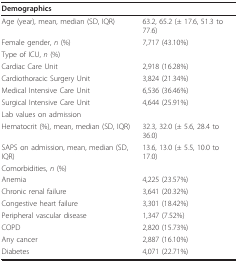
<table><thead><tr><td><b>Demographics</b></td><td>[EMPTY_CELL]</td></tr></thead><tbody><tr><td>Age (year), mean, median (SD, IQR)</td><td>63.2, 65.2 (± 17.6, 51.3 to 77.6)</td></tr><tr><td>Female gender, <i>n </i>(%)</td><td>7,717 (43.10%)</td></tr><tr><td>Type of ICU, <i>n </i>(%)</td><td>[EMPTY_CELL]</td></tr><tr><td>Cardiac Care Unit</td><td>2,918 (16.28%)</td></tr><tr><td>Cardiothoracic Surgery Unit</td><td>3,824 (21.34%)</td></tr><tr><td>Medical Intensive Care Unit</td><td>6,536 (36.46%)</td></tr><tr><td>Surgical Intensive Care Unit</td><td>4,644 (25.91%)</td></tr><tr><td>Lab values on admission</td><td>[EMPTY_CELL]</td></tr><tr><td>Hematocrit (%), mean, median (SD, IQR)</td><td>32.3, 32.0 (± 5.6, 28.4 to 36.0)</td></tr><tr><td>SAPS on admission, mean, median (SD, IQR)</td><td>13.6, 13.0 (± 5.5, 10.0 to 17.0)</td></tr><tr><td>Comorbidities, <i>n </i>(%)</td><td>[EMPTY_CELL]</td></tr><tr><td>Anemia</td><td>4,225 (23.57%)</td></tr><tr><td>Chronic renal failure</td><td>3,641 (20.32%)</td></tr><tr><td>Congestive heart failure</td><td>3,301 (18.42%)</td></tr><tr><td>Peripheral vascular disease</td><td>1,347 (7.52%)</td></tr><tr><td>COPD</td><td>2,820 (15.73%)</td></tr><tr><td>Any cancer</td><td>2,887 (16.10%)</td></tr><tr><td>Diabetes</td><td>4,071 (22.71%)</td></tr></tbody></table>